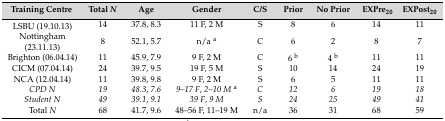
| Training Centre | Total N | Age | Gender | C/S | Prior | No Prior | EXPre20 | EXPost20 |
 | --- | --- | --- | --- | --- | --- | --- | --- | --- |
 | LSBU (19.10.13) | 14 | 37.8, 8.3 | 11 F, 2 M | S | 8 | 6 | 14 | 11 |
 | Nottingham (23.11.13) | 8 | 52.1, 5.7 | n/a a | C | 6 | 2 | 8 | 7 |
 | Brighton (06.04.14) | 11 | 45.9, 7.9 | 9 F, 2 M | C | 6 b | 4 b | 11 | 11 |
 | CICM (07.04.14) | 24 | 39.7, 9.5 | 19 F, 5 M | S | 10 | 14 | 24 | 19 |
 | NCA (12.04.14) | 11 | 39.8, 9.8 | 9 F, 2 M | S | 6 | 5 | 11 | 11 |
 | CPD N | 19 | 48.3, 7.6 | 9–17 F, 2–10 M a | C | 12 | 6 | 19 | 18 |
 | Student N | 49 | 39.1, 9.1 | 39 F, 9 M | S | 24 | 25 | 49 | 41 |
 | Total N | 68 | 41.7, 9.6 | 48–56 F, 11–19 M | n/a | 36 | 31 | 68 | 59 |